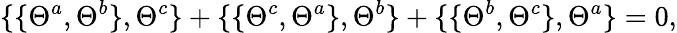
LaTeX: \{ \{ \Theta^{a},\Theta^{b}\} ,\Theta^{c}\} +\{ \{ \Theta^{c},\Theta^{a}\} ,\Theta^{b}\} +\{ \{ \Theta^{b},\Theta^{c}\} ,\Theta^{a}\} =0,